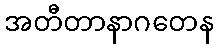
အတီတာနာဂတေန